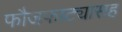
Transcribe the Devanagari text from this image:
फौजफाट्यासह